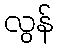
လွန်